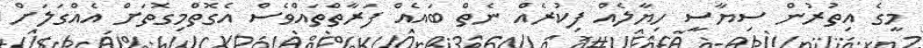
މީގެ އިތުރުން ސިޔާސީ ހިޔާލެއް ފިކުރެއް ނެތް ބައެއް ފަރާތްތައްވެސް އެގޮތްމިގޮތަށް އެއްގަލަށް